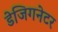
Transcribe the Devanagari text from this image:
डेजिगनेटर